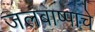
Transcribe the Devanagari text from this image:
जलबाष्पाचे